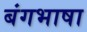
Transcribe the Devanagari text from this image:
बंगभाषा